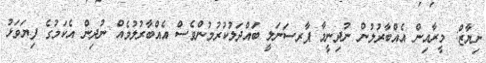
ނިޔާޒް: މީރާއިން އެއްބާރުލުން ނުދިނީމާ ޕާރސަނަލީ ބައްދަލުކުރުމުންވެސް އެއްބާރުލުމެއް ނުދިން އެކަމުގެ ފިޔަވަޅު